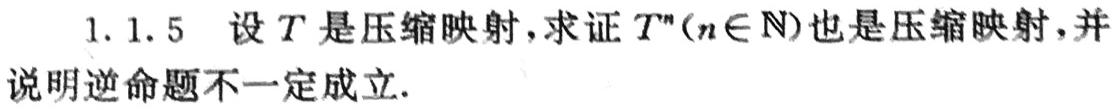
1.1.5 设 \(T\) 是压缩映射，求证 \(T^n(n\in\mathbb{N})\) 也是压缩映射，并说明逆命题不一定成立.